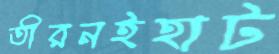
তীরনইহাট